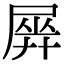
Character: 𡲱